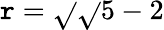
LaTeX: \mathtt{r}=\sqrt{}{{\sqrt{}{{5}}-2}}